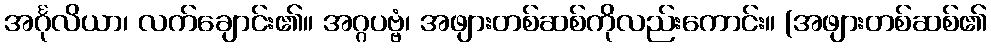
အင်္ဂုလိယာ၊ လက်ချောင်း၏။ အဂ္ဂပဗ္ဗံ၊ အဖျားတစ်ဆစ်ကိုလည်းကောင်း။ (အဖျားတစ်ဆစ်၏